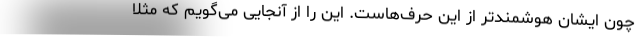
چون ایشان هوشمندتر از این حرف‌هاست. این را از آنجایی می‌گویم که مثلا